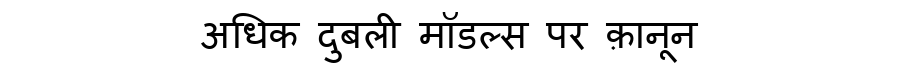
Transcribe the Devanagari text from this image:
अधिक दुबली मॉडल्स पर क़ानून